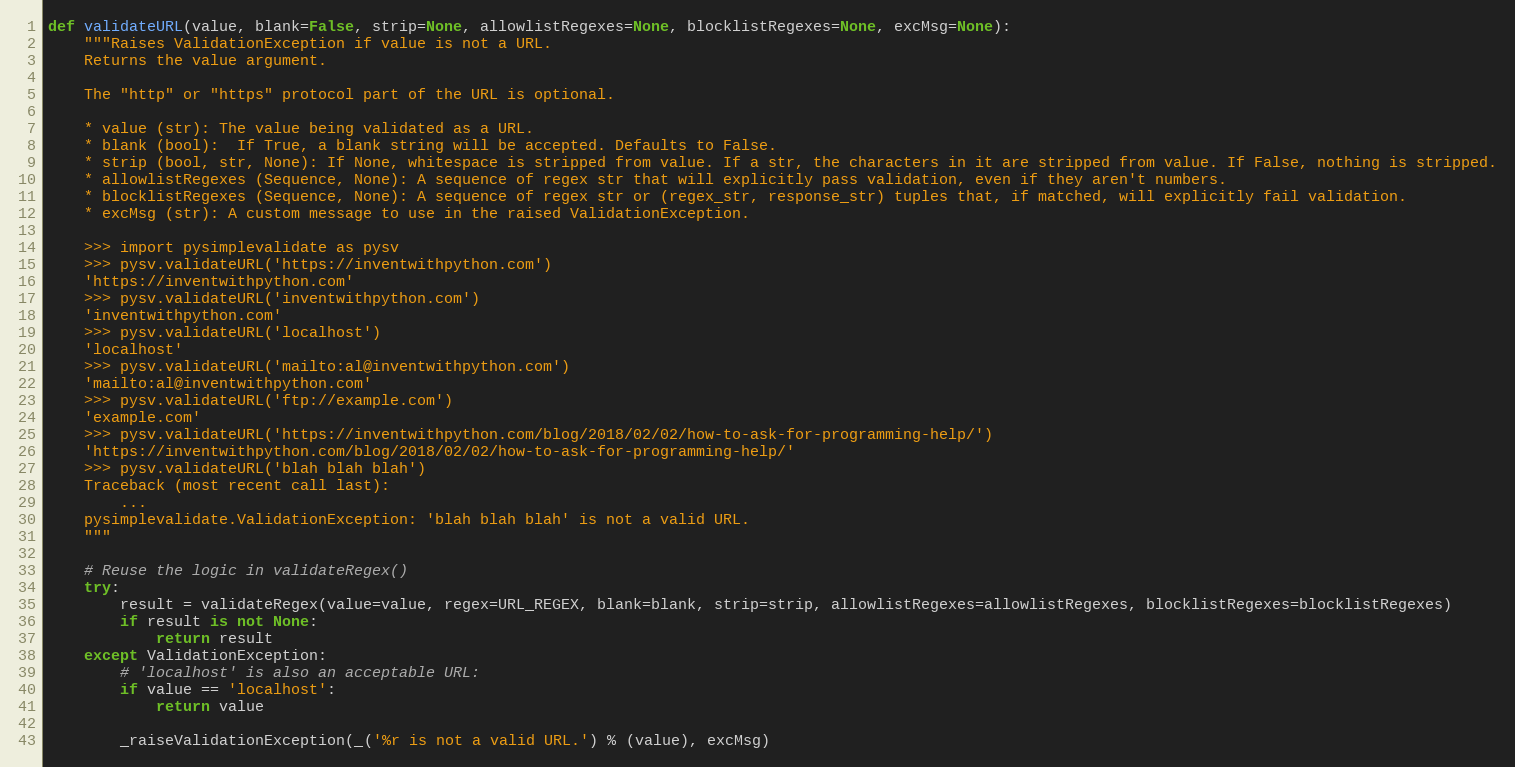
Language: Python
def validateURL(value, blank=False, strip=None, allowlistRegexes=None, blocklistRegexes=None, excMsg=None):
    """Raises ValidationException if value is not a URL.
    Returns the value argument.

    The "http" or "https" protocol part of the URL is optional.

    * value (str): The value being validated as a URL.
    * blank (bool):  If True, a blank string will be accepted. Defaults to False.
    * strip (bool, str, None): If None, whitespace is stripped from value. If a str, the characters in it are stripped from value. If False, nothing is stripped.
    * allowlistRegexes (Sequence, None): A sequence of regex str that will explicitly pass validation, even if they aren't numbers.
    * blocklistRegexes (Sequence, None): A sequence of regex str or (regex_str, response_str) tuples that, if matched, will explicitly fail validation.
    * excMsg (str): A custom message to use in the raised ValidationException.

    >>> import pysimplevalidate as pysv
    >>> pysv.validateURL('https://inventwithpython.com')
    'https://inventwithpython.com'
    >>> pysv.validateURL('inventwithpython.com')
    'inventwithpython.com'
    >>> pysv.validateURL('localhost')
    'localhost'
    >>> pysv.validateURL('mailto:al@inventwithpython.com')
    'mailto:al@inventwithpython.com'
    >>> pysv.validateURL('ftp://example.com')
    'example.com'
    >>> pysv.validateURL('https://inventwithpython.com/blog/2018/02/02/how-to-ask-for-programming-help/')
    'https://inventwithpython.com/blog/2018/02/02/how-to-ask-for-programming-help/'
    >>> pysv.validateURL('blah blah blah')
    Traceback (most recent call last):
        ...
    pysimplevalidate.ValidationException: 'blah blah blah' is not a valid URL.
    """

    # Reuse the logic in validateRegex()
    try:
        result = validateRegex(value=value, regex=URL_REGEX, blank=blank, strip=strip, allowlistRegexes=allowlistRegexes, blocklistRegexes=blocklistRegexes)
        if result is not None:
            return result
    except ValidationException:
        # 'localhost' is also an acceptable URL:
        if value == 'localhost':
            return value

        _raiseValidationException(_('%r is not a valid URL.') % (value), excMsg)